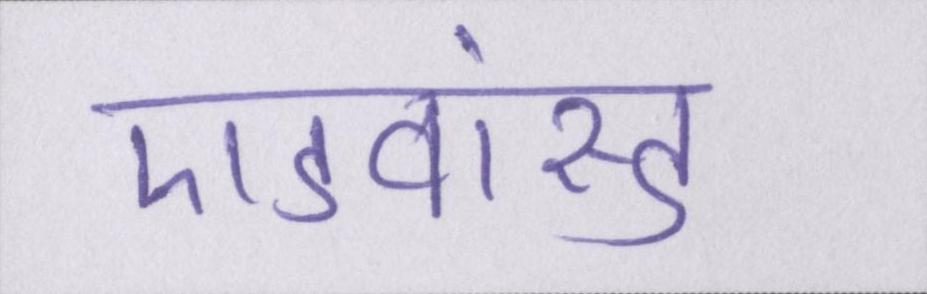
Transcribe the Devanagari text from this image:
एडवांस्ड